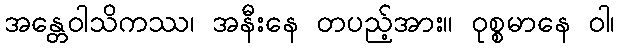
အန္တေဝါသိကဿ၊ အနီးနေ တပည့်အား။ ဝုစ္စမာနေ ဝါ၊